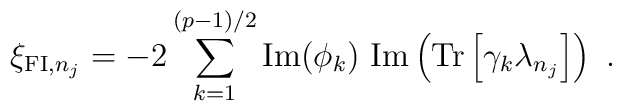
\xi_{{\rm{\small FI}},n_j}=-2\sum_{k=1}^{(p-1)/2} {\rm Im}(\phi_k)~ {\rm Im}\left({\rm Tr} \left[\gamma_k\lambda_{n_j}\right]\right)~.